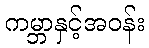
ကမ္ဘာနှင့်အဝန်း